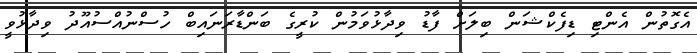
އެގޮތުން އެންޓި ޑިފެކްޝަން ބިލަށް ފާޑު ވިދާޅުވަމުން ކުރީގެ ބަންޑާރަނައިބް ހުސްނުއްސުއޫދު ވިދާޅުވީ